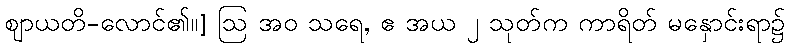
ဈာယတိ-လောင်၏။] ဩ အဝ သရေ, ဧ အယ ၂ သုတ်က ကာရိတ် မနှောင်းရာ၌